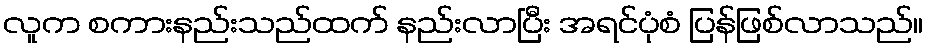
လူက စကားနည်းသည်ထက် နည်းလာပြီး အရင်ပုံစံ ပြန်ဖြစ်လာသည်။